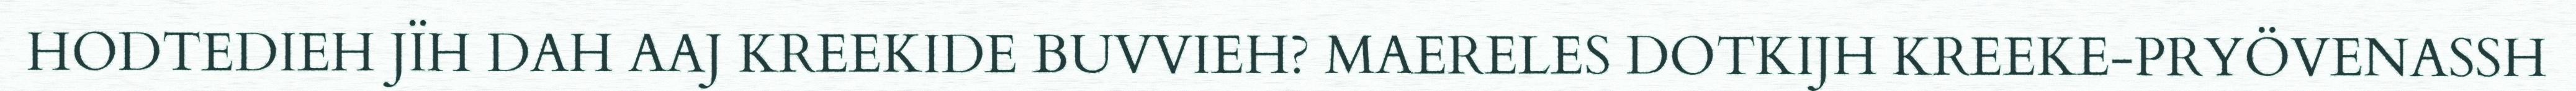
HODTEDIEH JÏH DAH AAJ KREEKIDE BUVVIEH? MAERELES DOTKIJH KREEKE-PRYÖVENASSH